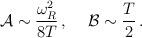
LaTeX: \begin{align*}{\cal A} \sim \frac{\omega_{R}^{2}}{8T} \,, \hspace{0.5cm} {\cal B} \sim \frac{T}{2} \,.\end{align*}